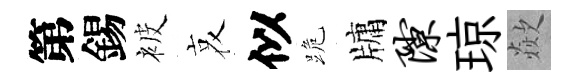
第錫被哀似跪牗隙琼歘